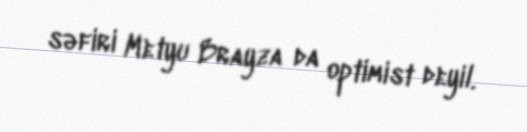
səfiri Metyu Brayza da optimist deyil.